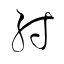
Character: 射